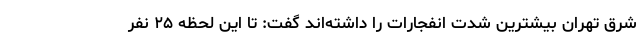
شرق تهران بیشترین شدت انفجارات را داشته‌اند گفت: تا این لحظه ۲۵ نفر